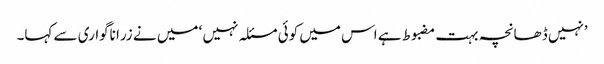
’نہیں ڈھانچہ بہت مضبوط ہے اس میں کوئی مسئلہ نہیں ‘ میں نے زرا ناگواری سے کہا۔